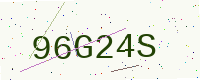
Text: 96G24S